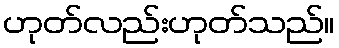
ဟုတ်လည်းဟုတ်သည်။